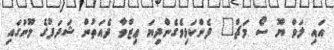
އައި ލަވް ޔޫ ސޯ މަޗް" ފެންކަޅިވެގެންދިޔަ ޢިޒްވާ ދެއަތުން ޝަދަފުގެ މޫނުގައި